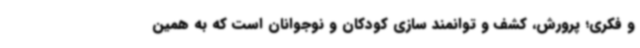
و فکری؛ پرورش، کشف و توانمند سازی کودکان و نوجوانان است که به همین